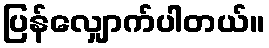
ပြန်လျှောက်ပါတယ်။